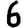
Digit: 6